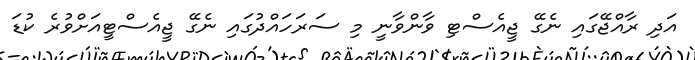
އަދި ރާއްޖޭގައި ނެގޭ ޖީއެސްޓި ވާންވާނީ މި ސަރަހައްދުގައި ނެގޭ ޖީއެސްޓީއަށްވުރެ ކުޑަ